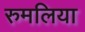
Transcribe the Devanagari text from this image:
रुमलिया